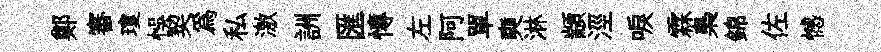
鄭審瓊悞契為私激詶匯慱左阿單奭淋顓涇唳霖梟錦佐憾